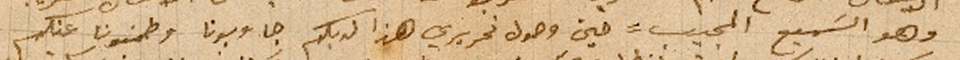
وهو السَميع المجيب = حين وصول تحريري هذا لديكم جاوبونا وطمنونا عنكم